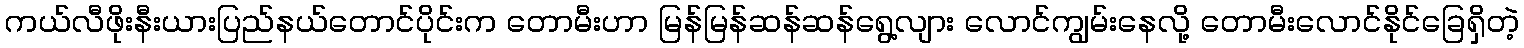
ကယ်လီဖိုးနီးယားပြည်နယ်တောင်ပိုင်းက တောမီးဟာ မြန်မြန်ဆန်ဆန်ရွေ့လျား လောင်ကျွမ်းနေလို့ တောမီးလောင်နိုင်ခြေရှိတဲ့